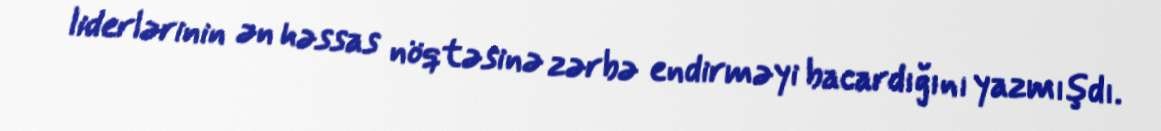
liderlərinin ən həssas nöqtəsinə zərbə endirməyi bacardığını yazmışdı.